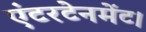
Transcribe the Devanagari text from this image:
एंटरटेनमेंट।